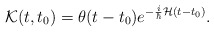
\begin{align*}{\cal {K}}(t,t_{0})=\theta (t-t_{0})e^{-\frac{i}{\hbar }{\cal {H}}(t-t_{0})}.\end{align*}